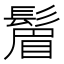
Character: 𬴮